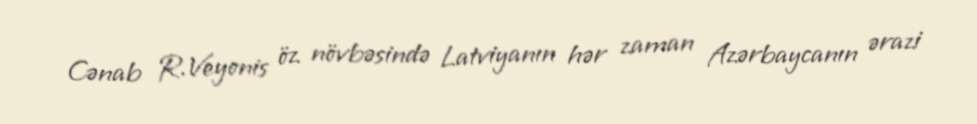
Cənab R.Veyonis öz növbəsində Latviyanın hər zaman Azərbaycanın ərazi